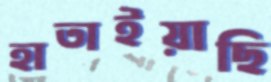
হাতাইয়াছি